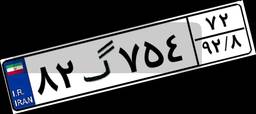
۸۰گ۹۹۹۹۹